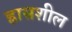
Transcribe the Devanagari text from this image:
ह्रासशील